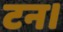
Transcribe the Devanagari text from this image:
टन।